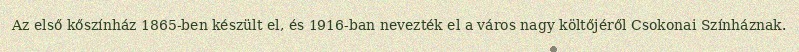
Az első kőszínház 1865-ben készült el, és 1916-ban nevezték el a város nagy költőjéről Csokonai Színháznak.